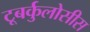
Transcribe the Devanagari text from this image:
टूबर्कुलोसीस